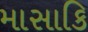
માસાકિ